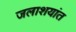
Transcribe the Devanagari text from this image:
जलाशयांत